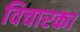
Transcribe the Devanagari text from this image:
विचारका